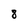
Character: 8